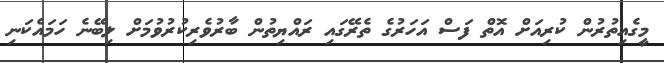
މީގެއިތުރުން ކުރިއަށް އޮތް ފަސް އަހަރުގެ ތެރޭގައި ރައްޔިތުން ބާރުވެރިކުރުވުމަށް ލިބޭނެ ހަމައެކަނި